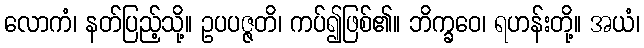
လောကံ၊ နတ်ပြည့်သို့။ ဥပပဇ္ဇတိ၊ ကပ်၍ဖြစ်၏။ ဘိက္ခဝေ၊ ရဟန်းတို့။ အယံ၊